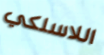
اللاسلكي